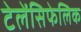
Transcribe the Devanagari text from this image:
टेलेंसिफेलिक